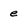
Character: e